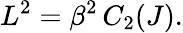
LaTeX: L^{2}=\beta^{2}\, C_{2}(J).